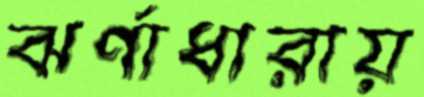
ঝর্ণাধারায়